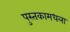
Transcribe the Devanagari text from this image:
पुस्तकामधला